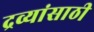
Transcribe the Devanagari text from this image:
द्रव्यांसाठी